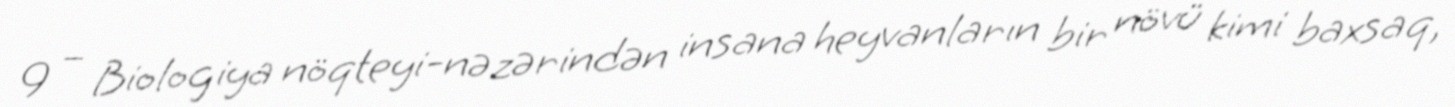
9 – Biologiya nöqteyi-nəzərindən insana heyvanların bir növü kimi baxsaq,